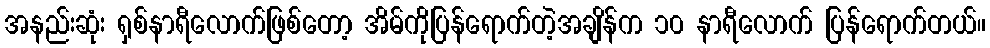
အနည်းဆုံး ရှစ်နာရီလောက်ဖြစ်တော့ အိမ်ကိုပြန်ရောက်တဲ့အချိန်က ၁၀ နာရီလောက် ပြန်ရောက်တယ်။